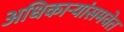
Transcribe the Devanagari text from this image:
अधिकार्‍यांसमवेत